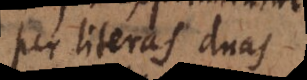
per literas duas